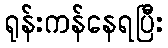
ရုန်းကန်နေရပြီး